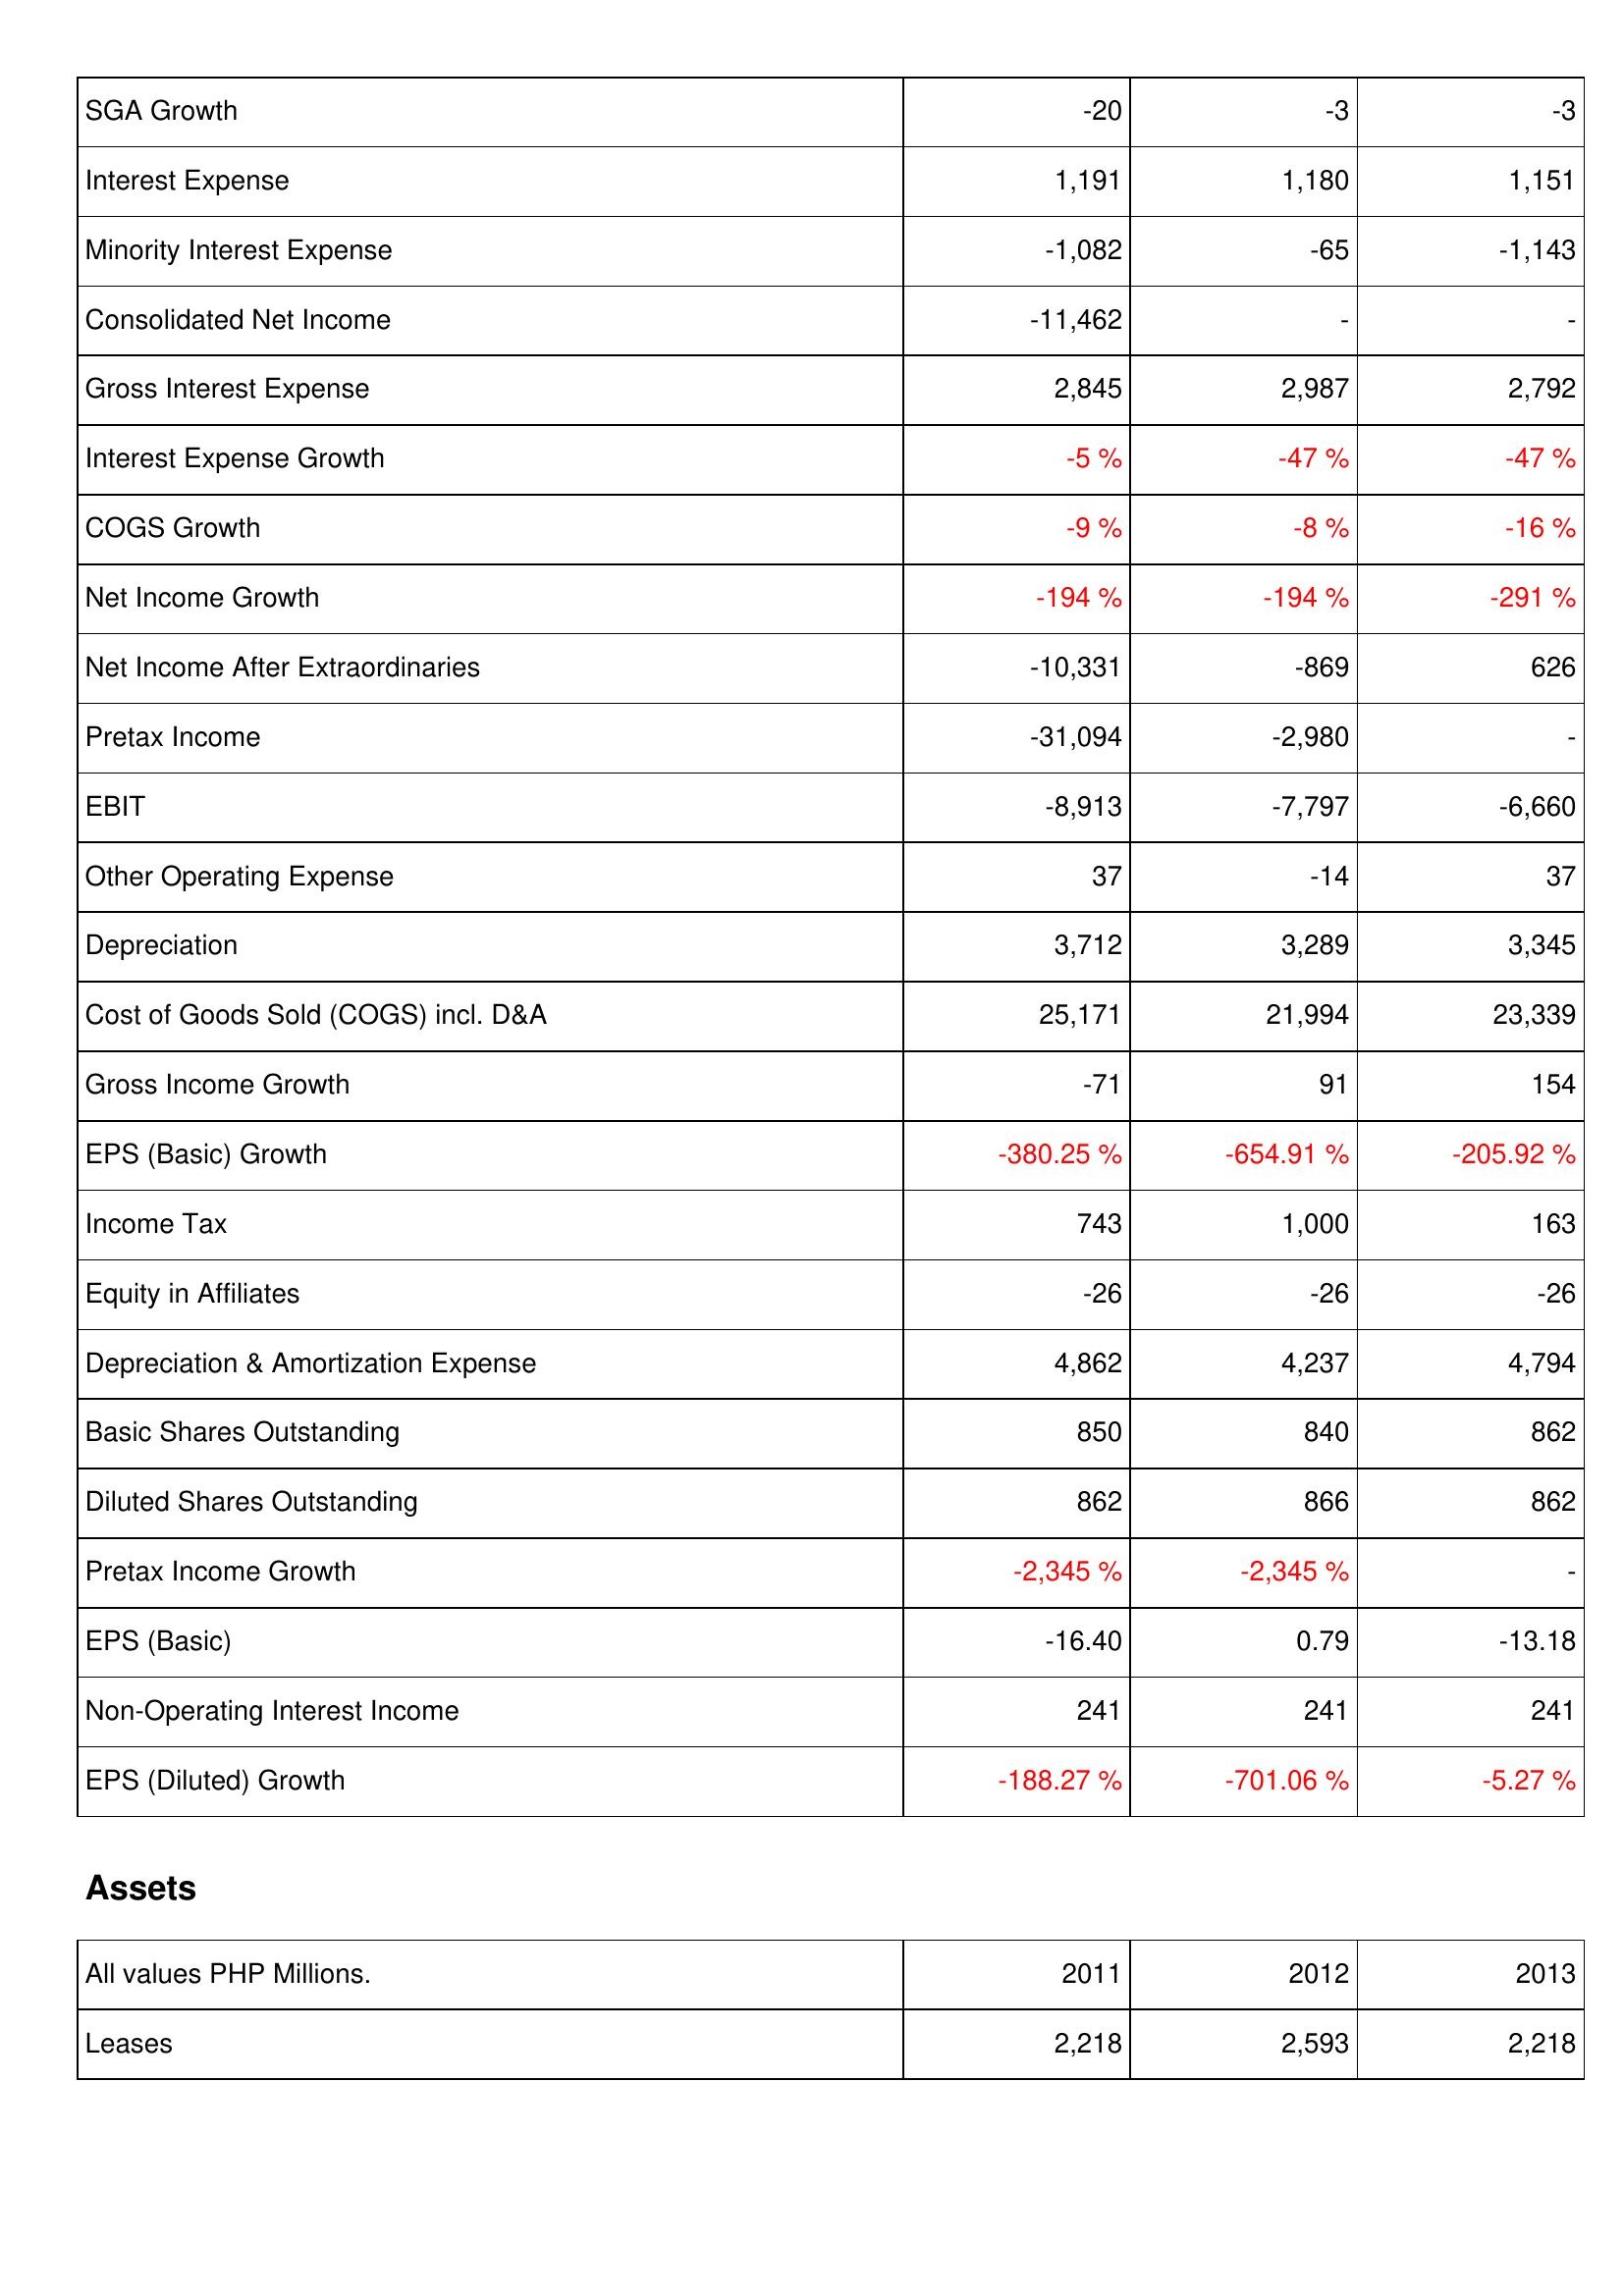
2011: Income Statement: SGA Growth: -20
Interest Expense: 1,191
Minority Interest Expense: -1,082
Consolidated Net Income: -11,462
Gross Interest Expense: 2,845
Interest Expense Growth: -5 %
COGS Growth: -9 %
Net Income Growth: -194 %
Net Income After Extraordinaries: -10,331
Pretax Income: -31,094
EBIT: -8,913
Other Operating Expense: 37
Depreciation: 3,712
Cost of Goods Sold (COGS) incl. D&A: 25,171
Gross Income Growth: -71
EPS (Basic) Growth: -380.25 %
Income Tax: 743
Equity in Affiliates: -26
Depreciation & Amortization Expense: 4,862
Basic Shares Outstanding: 850
Diluted Shares Outstanding: 862
Pretax Income Growth: -2,345 %
EPS (Basic): -16.40
Non-Operating Interest Income: 241
EPS (Diluted) Growth: -188.27 %
Assets: Leases: 2,218
2012: Income Statement: SGA Growth: -3
Interest Expense: 1,180
Minority Interest Expense: -65
Consolidated Net Income: -
Gross Interest Expense: 2,987
Interest Expense Growth: -47 %
COGS Growth: -8 %
Net Income Growth: -194 %
Net Income After Extraordinaries: -869
Pretax Income: -2,980
EBIT: -7,797
Other Operating Expense: -14
Depreciation: 3,289
Cost of Goods Sold (COGS) incl. D&A: 21,994
Gross Income Growth: 91
EPS (Basic) Growth: -654.91 %
Income Tax: 1,000
Equity in Affiliates: -26
Depreciation & Amortization Expense: 4,237
Basic Shares Outstanding: 840
Diluted Shares Outstanding: 866
Pretax Income Growth: -2,345 %
EPS (Basic): 0.79
Non-Operating Interest Income: 241
EPS (Diluted) Growth: -701.06 %
Assets: Leases: 2,593
2013: Income Statement: SGA Growth: -3
Interest Expense: 1,151
Minority Interest Expense: -1,143
Consolidated Net Income: -
Gross Interest Expense: 2,792
Interest Expense Growth: -47 %
COGS Growth: -16 %
Net Income Growth: -291 %
Net Income After Extraordinaries: 626
Pretax Income: -
EBIT: -6,660
Other Operating Expense: 37
Depreciation: 3,345
Cost of Goods Sold (COGS) incl. D&A: 23,339
Gross Income Growth: 154
EPS (Basic) Growth: -205.92 %
Income Tax: 163
Equity in Affiliates: -26
Depreciation & Amortization Expense: 4,794
Basic Shares Outstanding: 862
Diluted Shares Outstanding: 862
Pretax Income Growth: -
EPS (Basic): -13.18
Non-Operating Interest Income: 241
EPS (Diluted) Growth: -5.27 %
Assets: Leases: 2,218